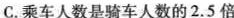
C.乘车人数是骑车人数的2.5倍